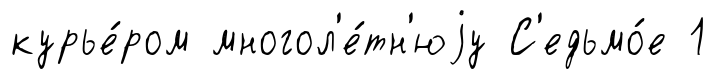
курье́ром многол'е́тн'юjу С'едьмо́е 1